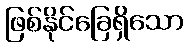
ဖြစ်နိုင်ခြေရှိသော